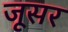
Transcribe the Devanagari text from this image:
जूसर